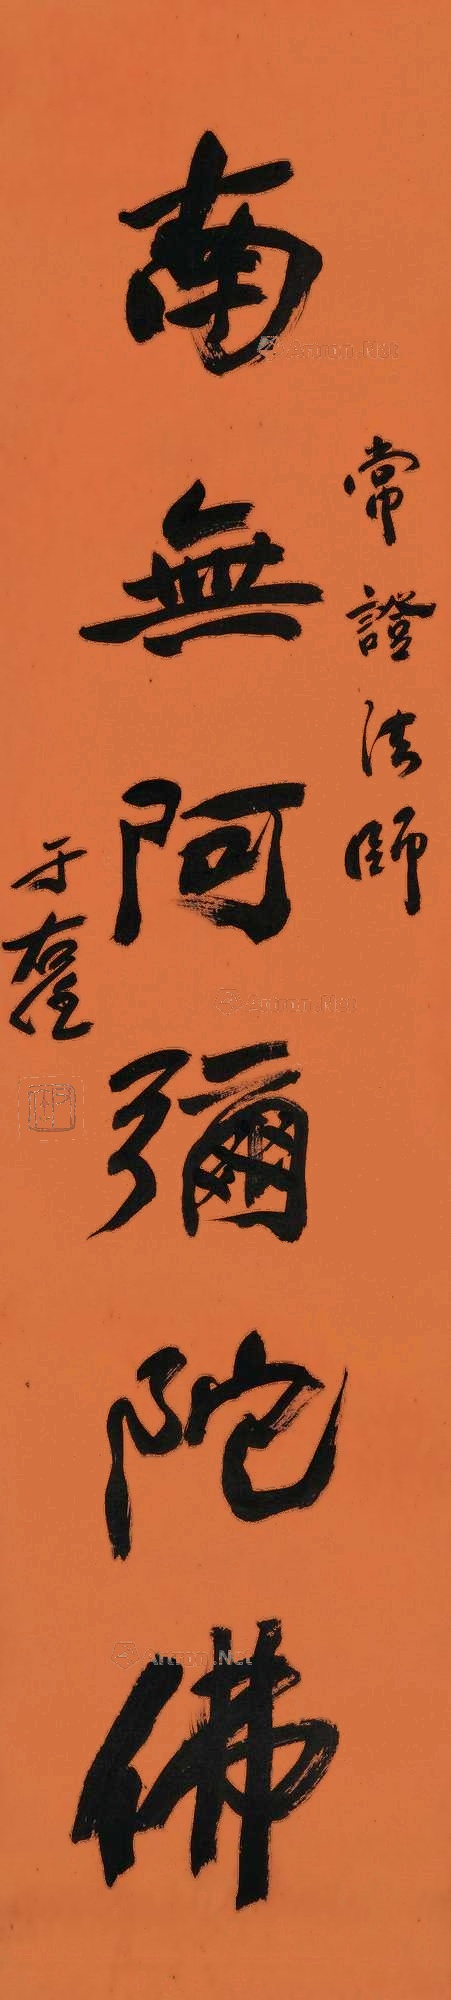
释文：南无阿弥陀佛常证法师，于右任。